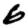
Digit: 6